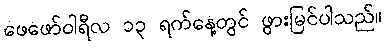
ဖေဖော်ဝါရီလ ၁၃ ရက်နေ့တွင် ဖွားမြင်ပါသည်။